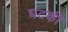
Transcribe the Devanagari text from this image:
घटकी